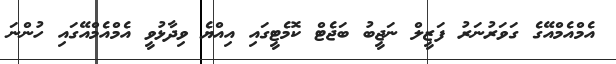
އެމްއެމްއޭގެ ގަވަރުނަރު ފަޒީލް ނަޖީބު ބަޖެޓް ކޮމެޓީގައި އިއްޔެ ވިދާޅުވީ އެމްއެމްއޭގައި ހުންނަ